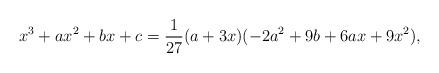
LaTeX: \begin{align*}x^3 + a x^2 + b x + c=\frac{1}{27} (a + 3 x) (-2 a^2 + 9 b + 6 a x + 9 x^2),\end{align*}